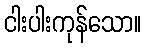
ငါးပါးကုန်သော။